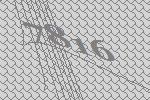
7816